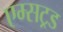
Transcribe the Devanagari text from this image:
एम्सट्रड